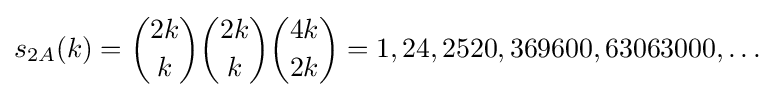
s_{2A}(k)={\binom {2k}{k}}{\binom {2k}{k}}{\binom {4k}{2k}}=1,24,2520,369600,63063000,\ldots